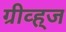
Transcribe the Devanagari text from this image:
ग्रीव्ह्‌ज